Vaccine operations Central Provinces & Berar 1922-1929 - 1922-1929
Year: 1922
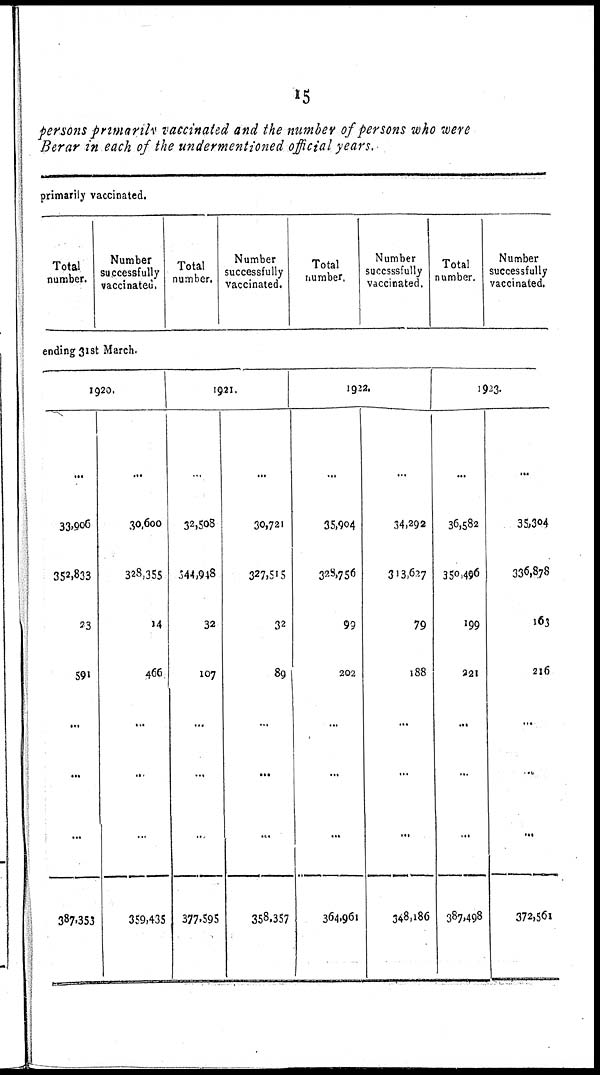
15
persons primarily vaccinated and the number of persons who were
Berar in each of the undermentioned official years.
primarily vaccinated.
Total
number.
Number
successfully
vaccinated.
Total
number.
Number
successfully
vaccinated.
Total
number.
Number
succsssfully
vaccinated.
Total
number.
Number
successfully
vaccinated.
ending 31st March.
1920.
...
33,906
352,833
23
591
...
...
...
387,353
...
30,600
328,355
14
466
...
...
...
359,435
1921.
...
32,508
344,948
32
107
...
...
...
377,595
...
30,721
327,515
32
89
...
...
...
358,357
1922.
...
35,904
328,756
99
202
...
...
...
364,961
...
34,292
313,627
79
188
...
...
...
348,186
1923.
...
36,582
350,496
199
221
...
...
...
387,498
...
35,304
336,878
163
216
...
...
...
372,561